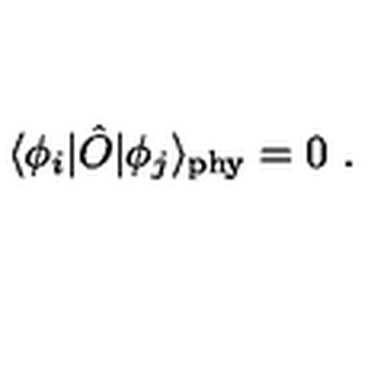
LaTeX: \langle \phi _ { i } | \hat { O } | \phi _ { j } \rangle _ { \mathrm { \tiny p h y } } = 0 \ .